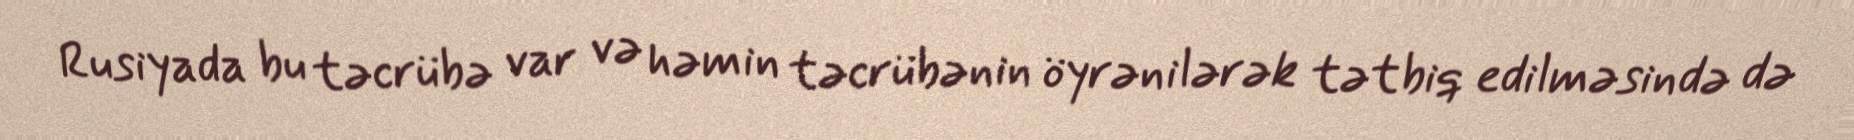
Rusiyada bu təcrübə var və həmin təcrübənin öyrənilərək tətbiq edilməsində də